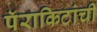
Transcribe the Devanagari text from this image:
पॅराकिटांची